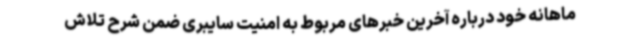
ماهانه خود درباره آخرین خبرهای مربوط به امنیت سایبری ضمن شرح تلاش